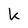
Character: k